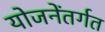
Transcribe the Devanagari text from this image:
योजनेंतर्गत